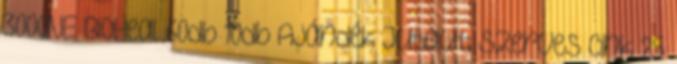
3000NE BioHeal 60db 10db Ajándék JutaVit Szerves Cink 25